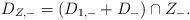
LaTeX: \begin{align*}D_{Z,-}=(D_{1,-}+D_-)\cap Z_-.\end{align*}